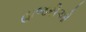
હાજરીઓ